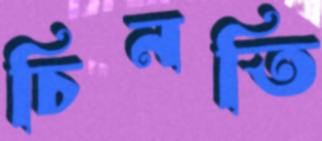
চিনতি